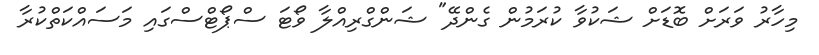
މިހާރު ވަރަށް ބޮޑަށް ޝަކުވާ ކުރަމުން ގެންދޭ" ޝަންގްރިއްލާ ވޯޓަ ސްޕޯޓްސްގައި މަސައްކަތްކުރާ